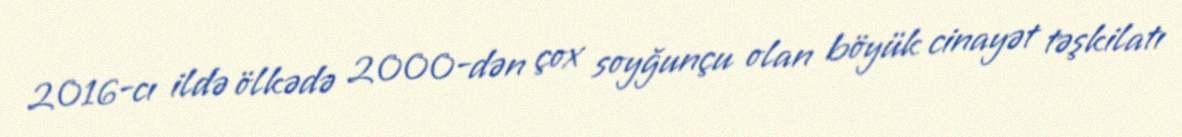
2016-cı ildə ölkədə 2000-dən çox soyğunçu olan böyük cinayət təşkilatı